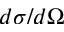
d \sigma / d \Omega